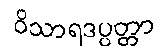
ဝိသာရဒပ္ပတ္တာ